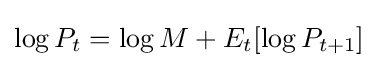
\log P_{t}=\log M+E_{t}[\log P_{t+1}]